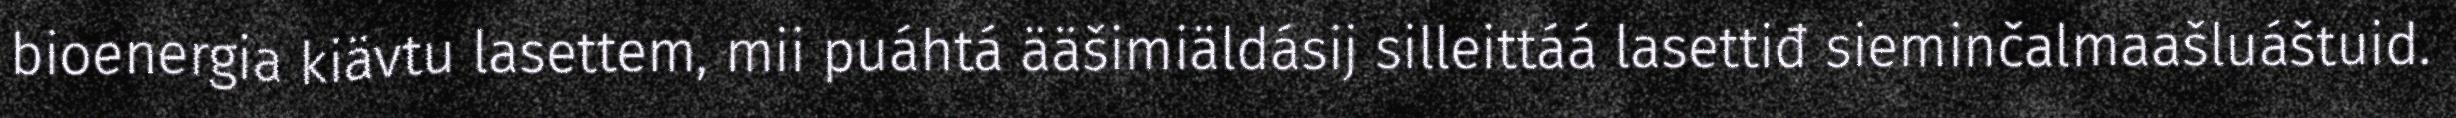
bioenergia kiävtu lasettem, mii puáhtá ääšimiäldásij silleittáá lasettiđ sieminčalmaašluáštuid.